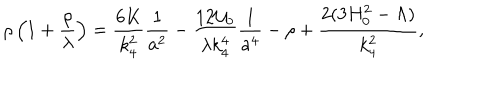
LaTeX: \rho \left( 1 + \frac { \rho } { \lambda } \right) = \frac { 6 K } { k _ { 4 } ^ { 2 } } \frac 1 { a ^ { 2 } } - \frac { 1 2 { \cal U } _ { 0 } } { \lambda k _ { 4 } ^ { 4 } } \frac 1 { a ^ { 4 } } - \rho + \frac { 2 ( 3 H _ { 0 } ^ { 2 } - \Lambda ) } { k _ { 4 } ^ { 2 } } ,